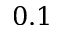
0 . 1